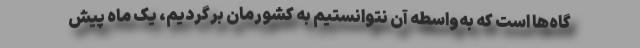
گاه‌ها است که به‌واسطه آن نتوانستیم به کشورمان برگردیم، یک ماه پیش